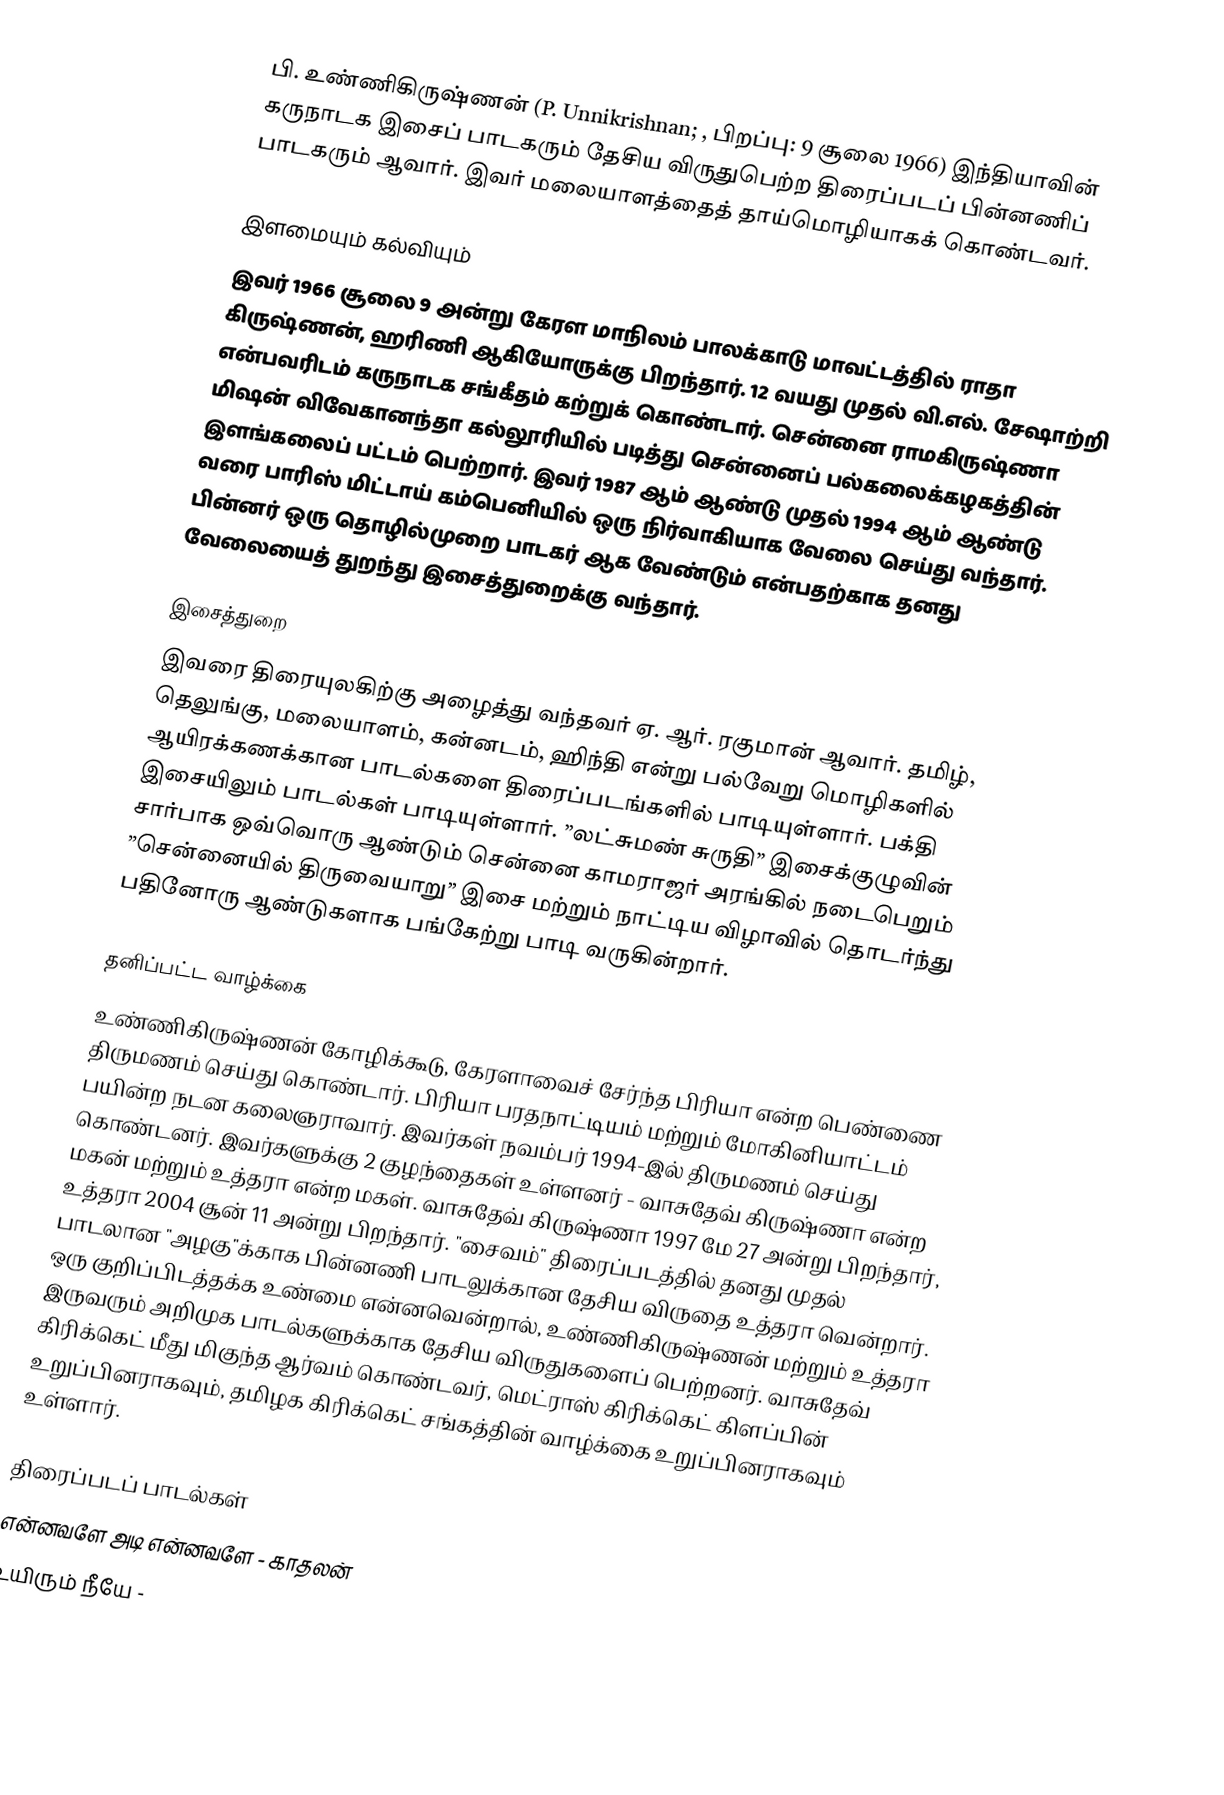
பி. உண்ணிகிருஷ்ணன் (P. Unnikrishnan; , பிறப்பு: 9 சூலை  1966) இந்தியாவின் கருநாடக இசைப் பாடகரும் தேசிய விருதுபெற்ற திரைப்படப் பின்னணிப் பாடகரும் ஆவார். இவர் மலையாளத்தைத் தாய்மொழியாகக் கொண்டவர்.

இளமையும் கல்வியும்
இவர் 1966 சூலை 9 அன்று கேரள மாநிலம் பாலக்காடு மாவட்டத்தில் ராதா கிருஷ்ணன், ஹரிணி ஆகியோருக்கு பிறந்தார். 12 வயது முதல் வி.எல். சேஷாற்றி என்பவரிடம் கருநாடக சங்கீதம் கற்றுக் கொண்டார். சென்னை ராமகிருஷ்ணா மிஷன் விவேகானந்தா கல்லூரியில் படித்து சென்னைப் பல்கலைக்கழகத்தின் இளங்கலைப் பட்டம் பெற்றார். இவர் 1987 ஆம் ஆண்டு முதல் 1994 ஆம் ஆண்டு வரை பாரிஸ் மிட்டாய் கம்பெனியில் ஒரு நிர்வாகியாக வேலை செய்து வந்தார். பின்னர் ஒரு தொழில்முறை பாடகர் ஆக வேண்டும் என்பதற்காக தனது வேலையைத் துறந்து இசைத்துறைக்கு வந்தார்.

இசைத்துறை
இவரை திரையுலகிற்கு அழைத்து வந்தவர் ஏ. ஆர். ரகுமான் ஆவார். தமிழ், தெலுங்கு, மலையாளம், கன்னடம், ஹிந்தி என்று பல்வேறு மொழிகளில் ஆயிரக்கணக்கான பாடல்களை திரைப்படங்களில் பாடியுள்ளார். பக்தி இசையிலும் பாடல்கள் பாடியுள்ளார். ”லட்சுமண் சுருதி” இசைக்குழுவின் சார்பாக ஒவ்வொரு ஆண்டும் சென்னை காமராஜர் அரங்கில் நடைபெறும் ”சென்னையில் திருவையாறு” இசை மற்றும் நாட்டிய விழாவில் தொடர்ந்து பதினோரு ஆண்டுகளாக பங்கேற்று பாடி வருகின்றார்.

தனிப்பட்ட வாழ்க்கை
உண்ணிகிருஷ்ணன் கோழிக்கூடு, கேரளாவைச் சேர்ந்த பிரியா என்ற பெண்ணை திருமணம் செய்து கொண்டார். பிரியா பரதநாட்டியம் மற்றும் மோகினியாட்டம் பயின்ற நடன கலைஞராவார். இவர்கள் நவம்பர் 1994-இல் திருமணம் செய்து கொண்டனர். இவர்களுக்கு 2 குழந்தைகள் உள்ளனர் - வாசுதேவ் கிருஷ்ணா என்ற மகன் மற்றும் உத்தரா என்ற மகள். வாசுதேவ் கிருஷ்ணா 1997 மே 27 அன்று பிறந்தார், உத்தரா 2004 சூன் 11 அன்று பிறந்தார். "சைவம்" திரைப்படத்தில் தனது முதல் பாடலான "அழகு"க்காக பின்னணி பாடலுக்கான தேசிய விருதை உத்தரா வென்றார். ஒரு குறிப்பிடத்தக்க உண்மை என்னவென்றால், உண்ணிகிருஷ்ணன் மற்றும் உத்தரா இருவரும் அறிமுக பாடல்களுக்காக தேசிய விருதுகளைப் பெற்றனர். வாசுதேவ் கிரிக்கெட் மீது மிகுந்த ஆர்வம் கொண்டவர், மெட்ராஸ் கிரிக்கெட் கிளப்பின் உறுப்பினராகவும், தமிழக கிரிக்கெட் சங்கத்தின் வாழ்க்கை உறுப்பினராகவும் உள்ளார்.

திரைப்படப் பாடல்கள்
 என்னவளே அடி என்னவளே - காதலன்
 உயிரும் நீயே -